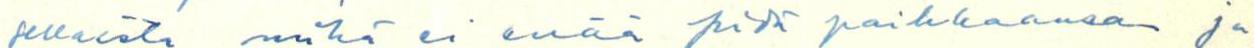
sellaista, mikä ei enää pidä paikkaansa ja